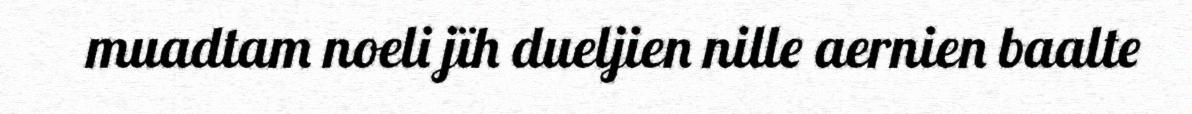
muadtam noeli jïh dueljien nille aernien baalte